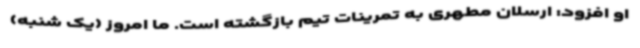
او افزود: ارسلان مطهری به تمرینات تیم بازگشته است. ما امروز (یک شنبه)